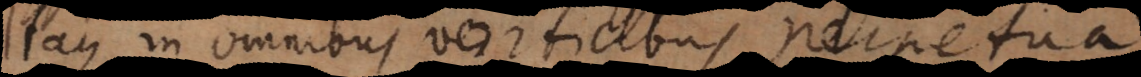
Itaque in omnibus vorticibus perpetua